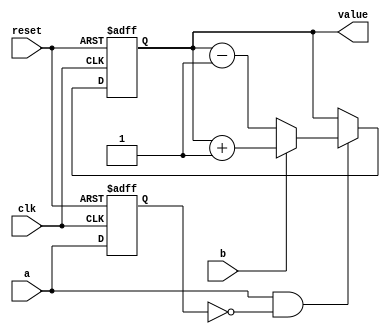
module rotary_encoder
(
    input             clk,
    input             reset,
    input             a,
    input             b,
    output reg [15:0] value
);

    reg prev_a;

    always @ (posedge clk or posedge reset)
        if (reset)
            prev_a <= 1'b1;
        else
            prev_a <= a;

    always @ (posedge clk or posedge reset)
        if (reset)
        begin
            value <= - 16'd1;  // To do: figure out why we have to start with -1 and not 0
        end
        else if (a && ! prev_a)
        begin
            if (b)
                value <= value + 16'd1;
            else
                value <= value - 16'd1;
        end

endmodule